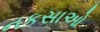
નકસાઓ